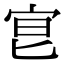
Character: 𡧮